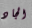
الجاد